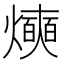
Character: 𰟰